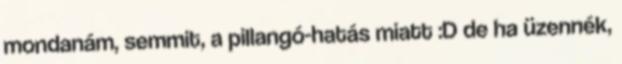
mondanám, semmit, a pillangó-hatás miatt :D de ha üzennék,